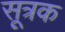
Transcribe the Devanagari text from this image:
सूत्रक